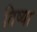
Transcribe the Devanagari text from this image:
तिष्या